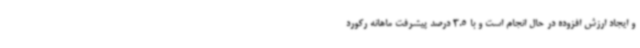
و ایجاد ارزش افزوده در حال انجام است و با 3.5 درصد پیشرفت ماهانه رکورد